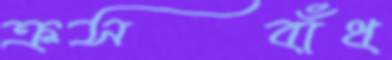
ক্রসবাঁধ